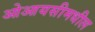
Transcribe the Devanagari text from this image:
ओआयसीमधील